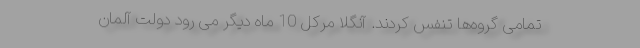
تمامی گروه‌ها تنفس کردند. آنگلا مرکل 10 ماه دیگر می رود دولت آلمان